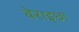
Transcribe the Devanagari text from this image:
बेराइछा